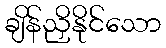
ချိန်ညှိနိုင်သော